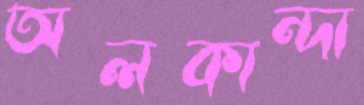
অলকান্দা